Calcutta medical institutions reports 1892-1900
Year: 1892
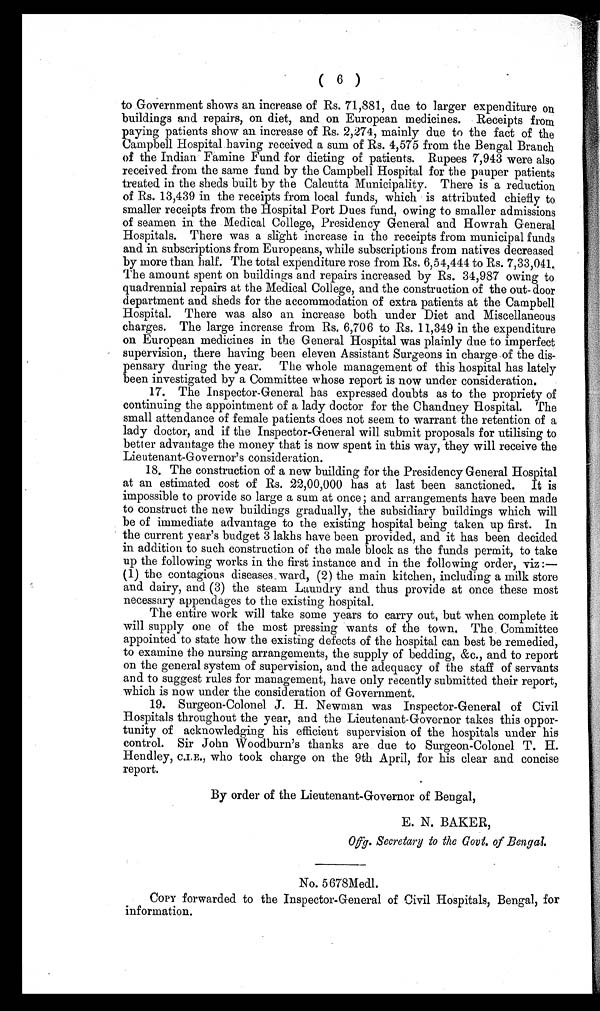
( 6 )
to Government shows an increase of Rs. 71,881, due to larger expenditure on
buildings and repairs, on diet, and on European medicines. Receipts from
paying patients show an increase of Rs. 2,274, mainly due to the fact of the
Campbell Hospital having received a sum of Rs. 4,575 from the Bengal Branch
of the Indian Famine Fund for dieting of patients. Rupees 7,943 were also
received from the same fund by the Campbell Hospital for the pauper patients
treated in the sheds built by the Calcutta Municipality. There is a reduction
of Rs. 13,439 in the receipts from local funds, which is attributed chiefly to
smaller receipts from the Hospital Port Dues fund, owing to smaller admissions
of seamen in the Medical College, Presidency General and Howrah General
Hospitals. There was a slight increase in the receipts from municipal funds
and in subscriptions from Europeans, while subscriptions from natives decreased
by more than half. The total expenditure rose from Rs. 6,54,444 to Rs. 7,33,041.
The amount spent on buildings and repairs increased by Rs. 34,987 owing to
quadrennial repaìrs at the Medical College, and the construction of the out- door
department and sheds for the accommodation of extra patients at the Campbell
Hospital. There was also an increase both under Diet and Miscellaneous
charges. The large increase from Rs, 6,706 to Rs. 11,349 in the expenditure
on European medicines in the General Hospital was plainly due to imperfect
re
supervision, there having been eleven. Assistant Surgeons in charge of the dis-
pensary during the year. The whole management of this hospital has lately
been investigated by a Committee whose report is now under consideration.
17. The Inspector-General has expressed doubts as to the propriety of
continuing the appointment of a lady doctor for the Chandney Hospital. The
small attendance of female patients does not seem to warrant the retention of a
lady doctor, and if the Inspector-General will submit proposals for utilising to
better advantage the money that is now spent in this way, they will receive the
Lieutenant-Governor's consideration.
18. The construction of a new building for the Presidency General Hospital
at an estimated cost of Rs. 22,00,000 has at last been sanctioned. It is
impossible to provide so large a sum at once; and arrangements have been made
to construct the new buildings gradually, the subsidiary buildings which will
be of immediate advantage to the existing hospital being taken up first. In
the current year’s budget 3 lakhs have been provided, and it has been decided
in addition to such construction of the male block as the funds permit, to take
up the following works in the first instance and in the following order, viz :—-
(l.) the contagious diseases ward, (2) the main kitchen, including a milk store
and dairy, and (3) the steam Laundry and thus provide at once these most
necessary appendages to the existing hospital.
The entire work will take some years to carry out, but when complete it
will supply one of the most pressing wants of the town. The Committee
appointed to state how the existing defects of the hospital can best be remedied,
to examine the nursing arrangements, the supply of bedding, &c., and to report
on the general system of supervision, and the adequacy of the staff of servants
and to suggest rules for management, have only recently submitted their report,
which is now under the consideration of Government.
19. Surgeon-Colonel J. H. Newman was Inspector-General of Civil
Hospitals throughout the year, and the Lieutenant-Governor takes this oppor-
tunity of acknowledging his efficient supervision of the hospitals under his
control. Sir John Woodburn’s thanks are due to Surgeon-Colonel T. H.
Hendley, C.I.E., who took charge on the 9th April, for his clear and concise
report.
By order of the Lieutenant-Governor of Bengal,
E. N. BAKER,
Offg. Secretary to the Govt. of Bengal.
No. 5 678Medl.
COPY forwarded to the Inspector-General of Civil Hospitals, Bengal, for
information.